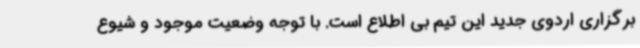
برگزاری اردوی جدید این تیم بی اطلاع است. با توجه وضعیت موجود و شیوع